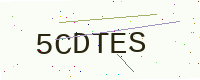
Text: 5CDTES